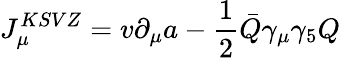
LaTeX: J_{\mu}^{KSVZ}=v\partial_{\mu}a-{\frac{1}{2}}\bar{Q}\gamma_{\mu}\gamma_{5}Q